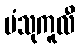
ပံသုကူလီ